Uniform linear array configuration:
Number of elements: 8
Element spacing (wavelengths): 0.25
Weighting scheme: uniform
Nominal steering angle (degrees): -15
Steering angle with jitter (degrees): -15.65
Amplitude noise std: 0.05
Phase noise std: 0.05

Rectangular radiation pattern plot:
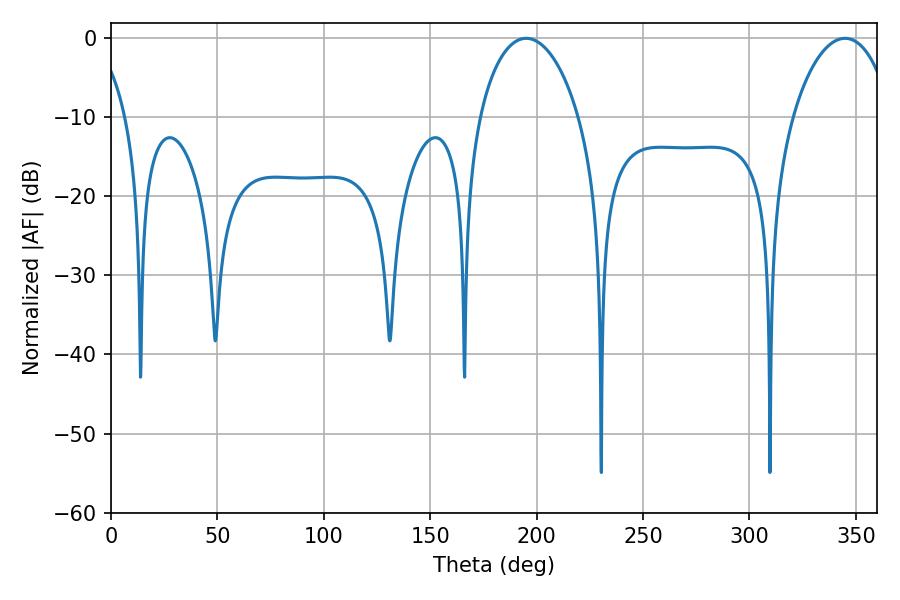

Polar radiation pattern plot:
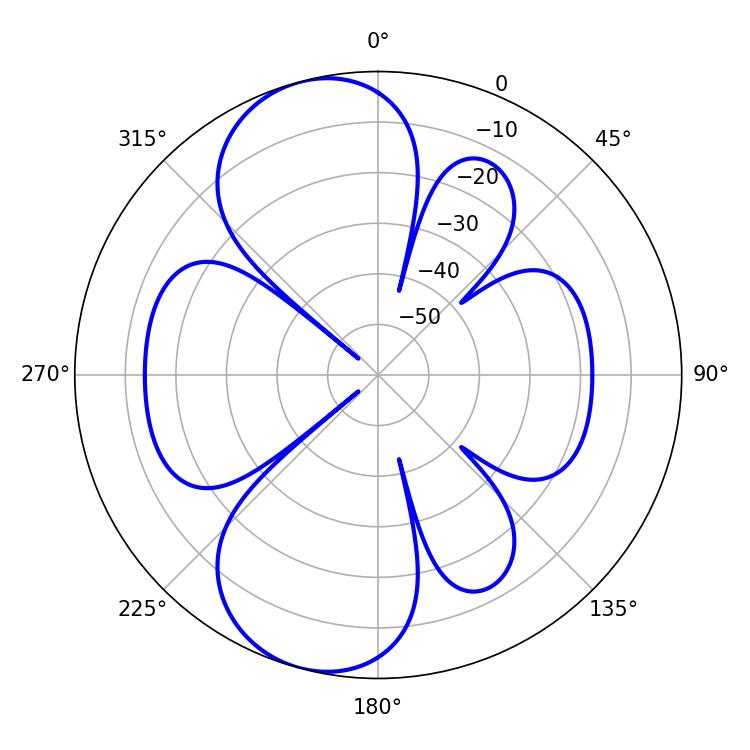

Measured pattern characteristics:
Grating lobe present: FALSE
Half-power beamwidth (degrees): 26.82
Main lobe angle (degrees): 344.88